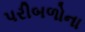
પરીબળોના